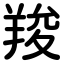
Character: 羧